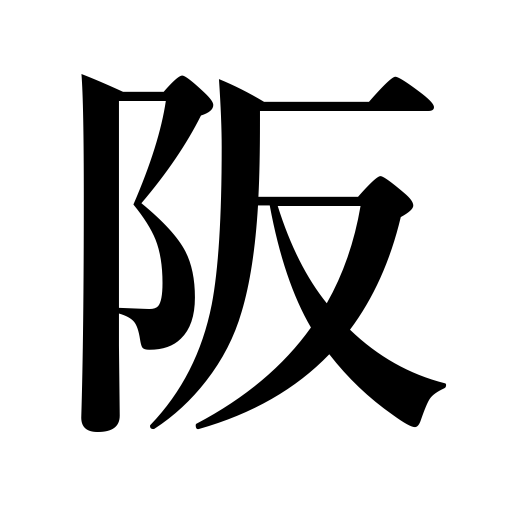
Meanings: slope